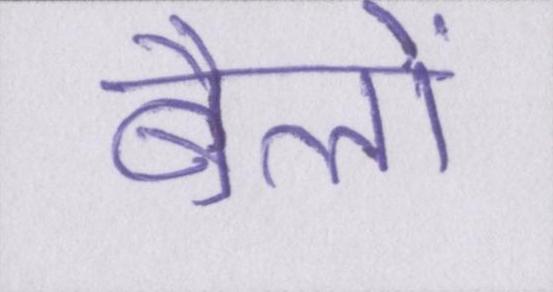
बैलों